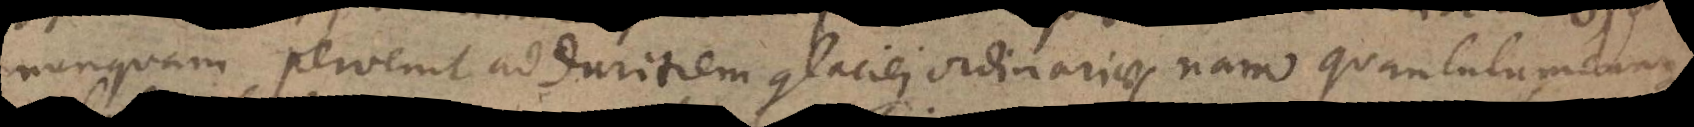
nunquam pervenit ad duritiem glaciei ordinariae, nam quantulumcunque